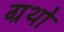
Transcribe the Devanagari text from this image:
ग्रथो